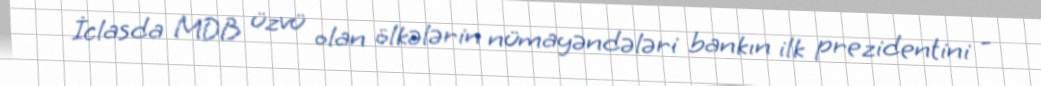
İclasda MDB üzvü olan ölkələrin nümayəndələri bankın ilk prezidentini -